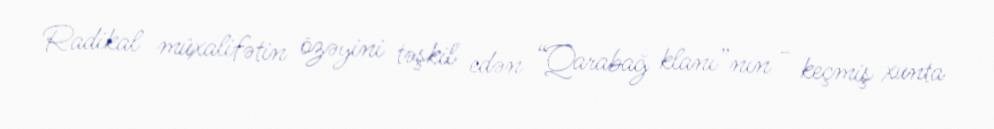
Radikal müxalifətin özəyini təşkil edən “Qarabağ klanı”nın - keçmiş xunta